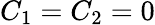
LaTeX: C_{1}=C_{2}=0